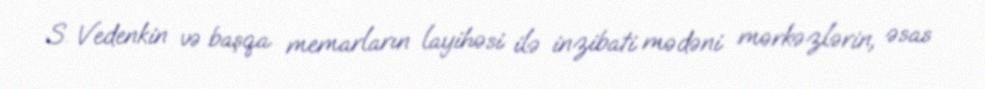
S. Vedenkin və başqa memarların layihəsi ilə inzibati mədəni mərkəzlərin, əsas